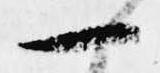
一